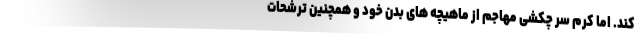
کند. اما کرم‌ سر چکشی مهاجم از ماهیچه‌ های بدن خود و همچنین ترشحات